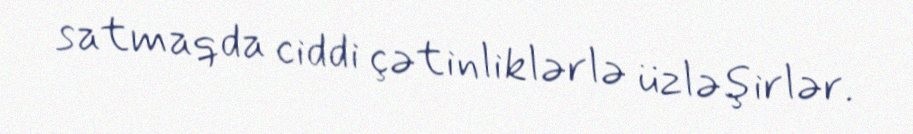
satmaqda ciddi çətinliklərlə üzləşirlər.